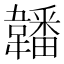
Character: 䪛